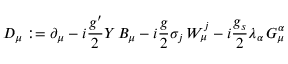
D _ { \mu } : = \partial _ { \mu } - i { \frac { g ^ { \prime } } { 2 } } Y \, B _ { \mu } - i { \frac { g } { 2 } } \sigma _ { j } \, W _ { \mu } ^ { j } - i { \frac { g _ { s } } { 2 } } \lambda _ { \alpha } \, G _ { \mu } ^ { \alpha }